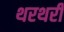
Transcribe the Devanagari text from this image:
थरथरी